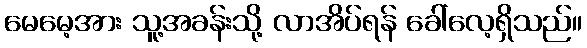
မေမေ့အား သူ့အခန်းသို့ လာအိပ်ရန် ခေါ်လေ့ရှိသည်။